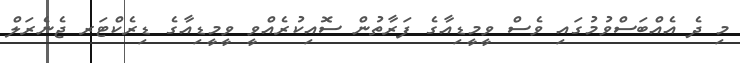
މި ދެ އެއްބަސްވުމުގައި ވެސް ވީމީޑިއާގެ ފަރާތުން ސޮއިކުރެއްވީ ވީމީޑިއާގެ ޑިރެކްޓަރ ޖެނެރަލް